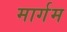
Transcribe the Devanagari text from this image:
मार्गम